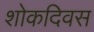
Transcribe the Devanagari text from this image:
शोकदिवस